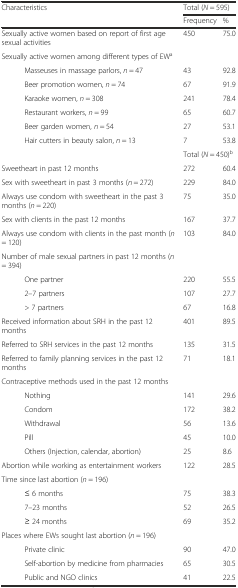
<table><thead><tr><td rowspan="2" colspan="2"><b>Characteristics</b></td><td colspan="2"><b>Total (<i>N</i> = 595)</b></td></tr><tr><td><b>Frequency</b></td><td><b>%</b></td></tr></thead><tbody><tr><td colspan="2">Sexually active women based on report of first age sexual activities</td><td>450</td><td>75.0</td></tr><tr><td colspan="2">Sexually active women among different types of EW<sup>a</sup></td><td></td><td></td></tr><tr><td></td><td>Masseuses in massage parlors, <i>n</i> = 47</td><td>43</td><td>92.8</td></tr><tr><td></td><td>Beer promotion women, <i>n</i> = 74</td><td>67</td><td>91.9</td></tr><tr><td></td><td>Karaoke women, <i>n</i> = 308</td><td>241</td><td>78.4</td></tr><tr><td></td><td>Restaurant workers, <i>n</i> = 99</td><td>65</td><td>60.7</td></tr><tr><td></td><td>Beer garden women, <i>n</i> = 54</td><td>27</td><td>53.1</td></tr><tr><td></td><td>Hair cutters in beauty salon, <i>n</i> = 13</td><td>7</td><td>53.8</td></tr><tr><td></td><td></td><td colspan="2">Total (<i>N</i> = 450)<sup>b</sup></td></tr><tr><td colspan="2">Sweetheart in past 12 months</td><td>272</td><td>60.4</td></tr><tr><td colspan="2">Sex with sweetheart in past 3 months (<i>n</i> = 272)</td><td>229</td><td>84.0</td></tr><tr><td colspan="2">Always use condom with sweetheart in the past 3 months (<i>n</i> = 220)</td><td>75</td><td>35.0</td></tr><tr><td colspan="2">Sex with clients in the past 12 months</td><td>167</td><td>37.7</td></tr><tr><td colspan="2">Always use condom with clients in the past month (<i>n</i> = 120)</td><td>103</td><td>84.0</td></tr><tr><td colspan="2">Number of male sexual partners in past 12 months (<i>n</i> = 394)</td><td></td><td></td></tr><tr><td></td><td>One partner</td><td>220</td><td>55.5</td></tr><tr><td></td><td>2–7 partners</td><td>107</td><td>27.7</td></tr><tr><td></td><td>&gt; 7 partners</td><td>67</td><td>16.8</td></tr><tr><td colspan="2">Received information about SRH in the past 12 months</td><td>401</td><td>89.5</td></tr><tr><td colspan="2">Referred to SRH services in the past 12 months</td><td>135</td><td>31.5</td></tr><tr><td colspan="2">Referred to family planning services in the past 12 months</td><td>71</td><td>18.1</td></tr><tr><td colspan="2">Contraceptive methods used in the past 12 months</td><td></td><td></td></tr><tr><td></td><td>Nothing</td><td>141</td><td>29.6</td></tr><tr><td></td><td>Condom</td><td>172</td><td>38.2</td></tr><tr><td></td><td>Withdrawal</td><td>56</td><td>13.6</td></tr><tr><td></td><td>Pill</td><td>45</td><td>10.0</td></tr><tr><td></td><td>Others (Injection, calendar, abortion)</td><td>25</td><td>8.6</td></tr><tr><td colspan="2">Abortion while working as entertainment workers</td><td>122</td><td>28.5</td></tr><tr><td colspan="2">Time since last abortion (<i>n</i> = 196)</td><td></td><td></td></tr><tr><td></td><td>≤ 6 months</td><td>75</td><td>38.3</td></tr><tr><td></td><td>7–23 months</td><td>52</td><td>26.5</td></tr><tr><td></td><td>≥ 24 months</td><td>69</td><td>35.2</td></tr><tr><td colspan="2">Places where EWs sought last abortion (<i>n</i> = 196)</td><td></td><td></td></tr><tr><td></td><td>Private clinic</td><td>90</td><td>47.0</td></tr><tr><td></td><td>Self-abortion by medicine from pharmacies</td><td>65</td><td>30.5</td></tr><tr><td></td><td>Public and NGO clinics</td><td>41</td><td>22.5</td></tr></tbody></table>